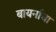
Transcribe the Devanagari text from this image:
बायर्नाचा